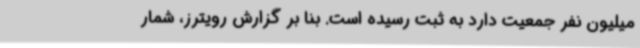
میلیون نفر جمعیت دارد به ثبت رسیده است. بنا بر گزارش رویترز، شمار